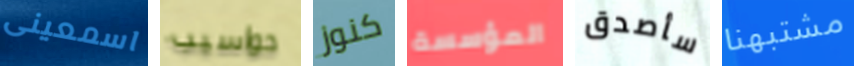
اسمعينى حواسيب كنوز المؤسسة سأصدق مشتبهنا